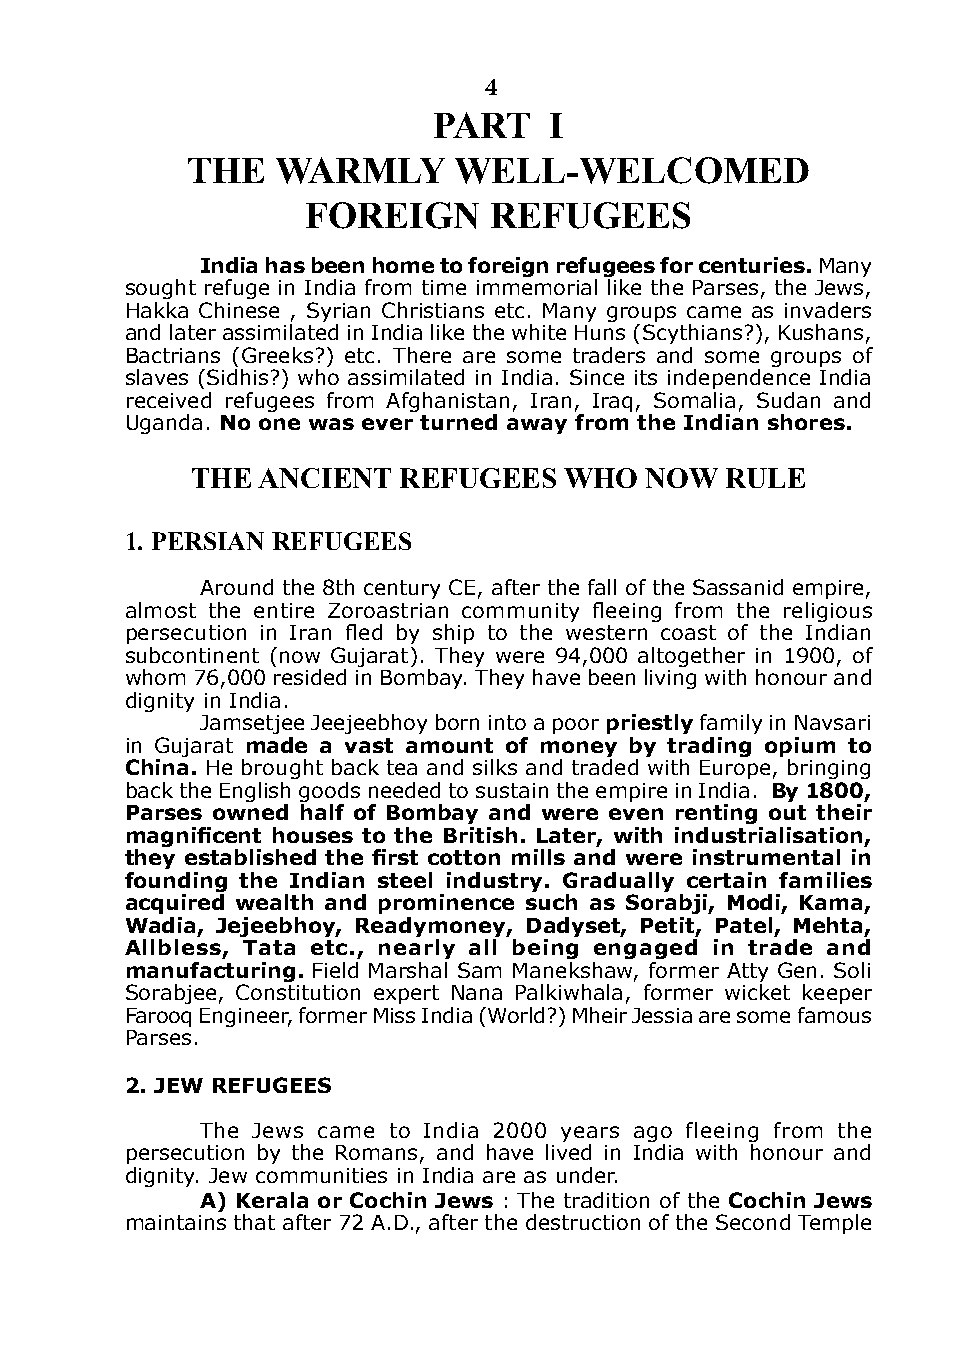
4
 PART   I
 THE   wARmly      wEll-wElComEd
 FoREIgn     REFugEEs
 India has been home to foreign refugees for centuries. Many
 sought refuge in india from time immemorial like the Parses, the Jews,
 Hakka Chinese , Syrian Christians etc. Many groups came as invaders
 and later assimilated in india like the white Huns (Scythians?), kushans,
 Bactrians (Greeks?) etc. There are some traders and some groups of
 slaves (Sidhis?) who assimilated in india. Since its independence india
 received refugees from Afghanistan, iran, iraq, Somalia, Sudan and
 Uganda. no one was ever turned away from the Indian shores.
 THE AnCIEnT  REFugEEs   wHo   now  RulE
 1. PERsIAn REFugEEs
 Around the 8th century CE, after the fall of the Sassanid empire,
 almost the entire Zoroastrian community fleeing from the religious
 persecution in Iran fled by ship to the western coast of the Indian
 subcontinent (now Gujarat). They were 94,000 altogether in 1900, of
 whom 76,000 resided in Bombay. They have been living with honour and
 dignity in india.
 Jamsetjee Jeejeebhoy born into a poor priestly family in Navsari
 in Gujarat made a vast amount of money by trading opium to
 china. He brought back tea and silks and traded with Europe, bringing
 back the English goods needed to sustain the empire in india. By 1800,
 Parses owned half of Bombay and were even renting out their
 magnificent houses to the British. Later, with industrialisation,
 they established the first cotton mills and were instrumental in
 founding the Indian steel industry. gradually certain families
 acquired wealth and prominence such as sorabji, modi, Kama,
 wadia, Jejeebhoy, Readymoney, dadyset, Petit, Patel, mehta,
 Allbless, Tata etc., nearly all being engaged in trade and
 manufacturing. Field Marshal Sam Manekshaw, former Atty Gen. Soli
 Sorabjee, Constitution expert Nana Palkiwhala, former wicket keeper
 Farooq Engineer, former Miss india (World?) Mheir Jessia are some famous
 Parses.
 2. JEw REFugEEs
 The Jews came to india 2000 years ago fleeing from the
 persecution by the Romans, and have lived in india with honour and
 dignity. Jew communities in india are as under.
 A) Kerala or cochin Jews : The tradition of the cochin Jews
 maintains that after 72 A.d., after the destruction of the Second Temple